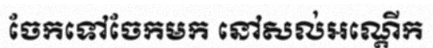
ចែកទៅចែកមក នៅសល់អណ្តើក